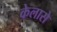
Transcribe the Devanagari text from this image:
केलासे